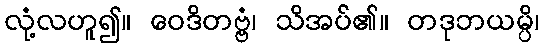
လုံ့လဟူ၍။ ဝေဒိတဗ္ဗံ၊ သိအပ်၏။ တဒုဘယမ္ပိ၊